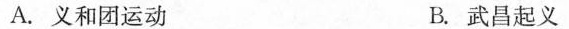
A.义和团运动 B.武昌起义